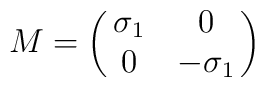
M=\pmatrix{\sigma_1&0\cr 0&-\sigma_1\cr}